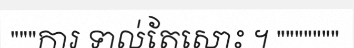
"""ការ ទាល់តែសោះ ។ """""""